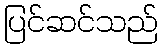
ပြင်ဆင်သည်